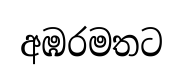
අඹරමතට